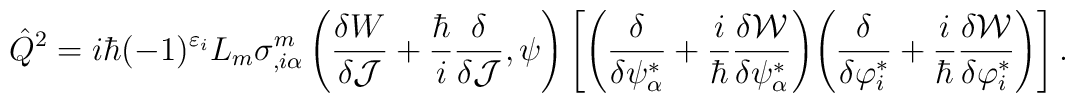
\hat{Q}^2=i\hbar(-1)^{\varepsilon_i}L_m \sigma^m_{,i\alpha} \left(\frac{\delta W}{\delta{\cal J}} + \frac{\hbar}{i}\frac{\delta}{\delta{\cal J}},\psi\right) \left[ \left(\frac{\delta}{\delta\psi^*_\alpha} + \frac{i}{\hbar} \frac{\delta{\cal W}}{{\delta\psi^*_\alpha}}\right) \! \left(\frac{\delta}{\delta\varphi^*_i} + \frac{i}{\hbar} \frac{\delta{\cal W}}{{\delta\varphi^*_i}}\right) \right].